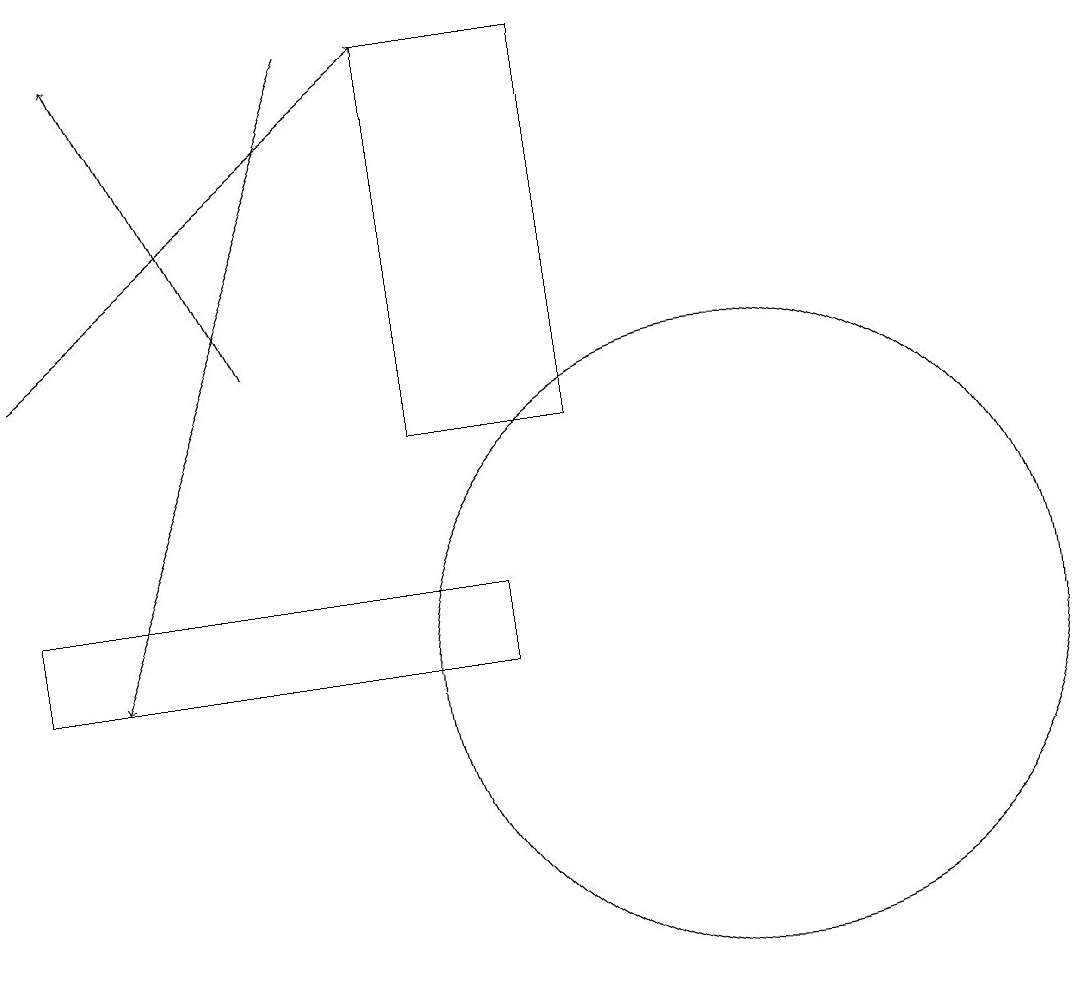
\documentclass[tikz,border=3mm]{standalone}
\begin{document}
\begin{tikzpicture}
\draw[->] (5,18) -- (2,10);
\draw (10,10) circle (4);
\draw (7,10) rectangle (1,11);
\draw[->] (1,14) -- (6,18);
\draw[->] (4,14) -- (2,18);
\draw (6,13) rectangle (8,18);
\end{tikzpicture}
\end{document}